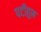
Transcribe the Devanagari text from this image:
पटीहून